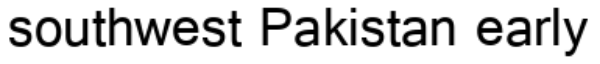
southwest Pakistan early